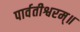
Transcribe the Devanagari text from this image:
पार्वतीश्वरम्॥